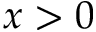
x > 0